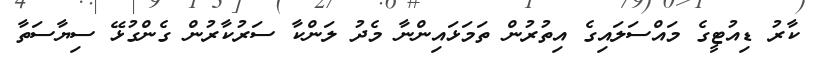
ކާރު ޑިއުޓީގެ މައްސަލައިގެ އިތުރުން ތަމަޅައިންނާ މެދު ލަންކާ ސަރުކާރުން ގެންގުޅޭ ސިޔާސަތާ